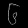
Digit: ၆